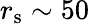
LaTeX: r_{\mathrm{s}}\sim 50